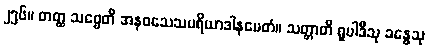
၂၅၆။ တတ္ထ သဗ္ဗေတိ အနဝသေသပရိယာဒါနမေတံ။ သတ္တာတိ ရူပါဒီသု ခန္ဓေသု